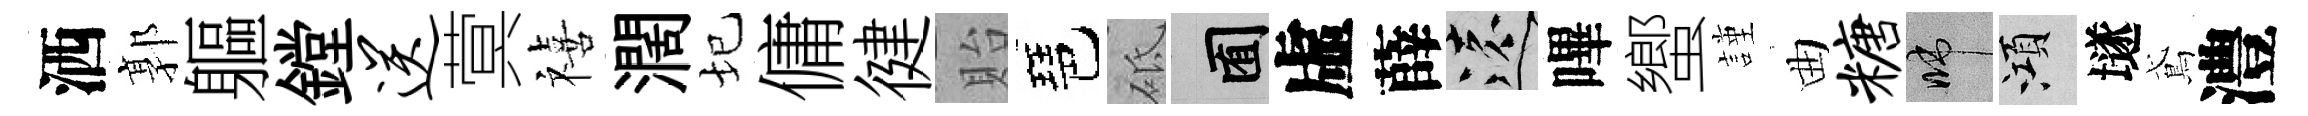
洒郭軀鏜送蓂禧濶圮傭徤貽琶砥囿虛薛遠嗶蠁謹曲糖啼澒𡑞鳶澧